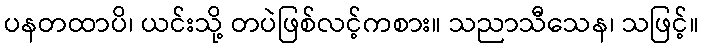
ပနတထာပိ၊ ယင်းသို့ တပဲဖြစ်လင့်ကစား။ သညာသီသေန၊ သဖြင့်။